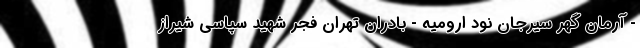
- آرمان گهر سیرجان نود ارومیه - بادران تهران فجر شهید سپاسی شیراز